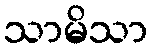
သာမိသာ